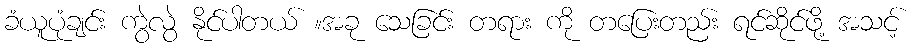
ခံယူပုံချင်း ကွဲလွဲ နိုင်ပါတယ် ။အခု သေခြင်း တရား ကို တပြေးတည်း ရင်ဆိုင်ဖို့ အသင့်